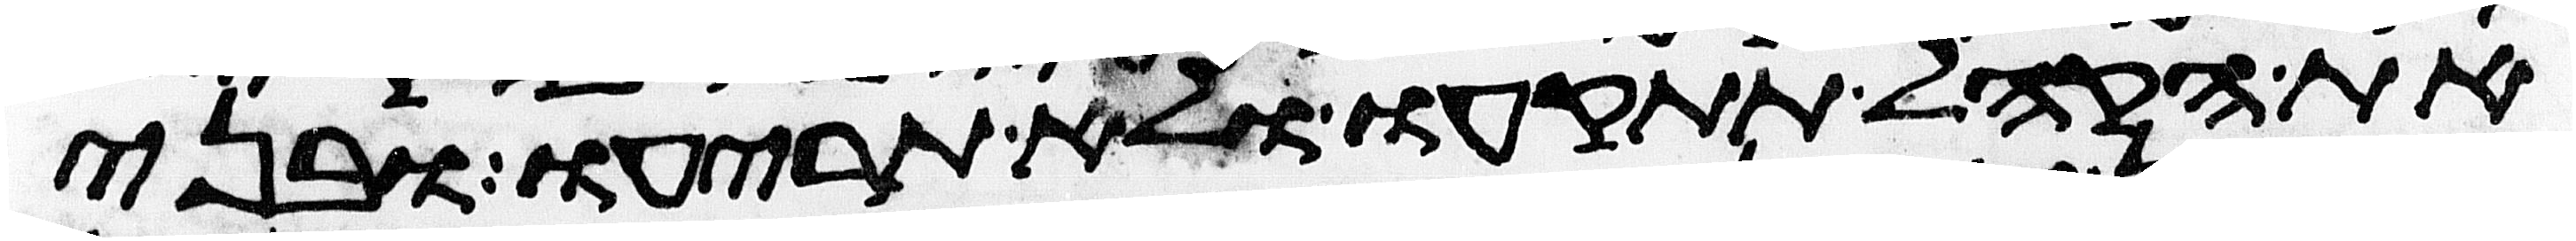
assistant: את הקהל תתקעו ולא תריעו ובני